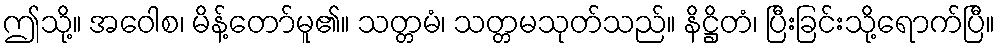
ဤသို့။ အဝေါစ၊ မိန့်တော်မူ၏။ သတ္တမံ၊ သတ္တမသုတ်သည်။ နိဋ္ဌိတံ၊ ပြီးခြင်းသို့ရောက်ပြီ။